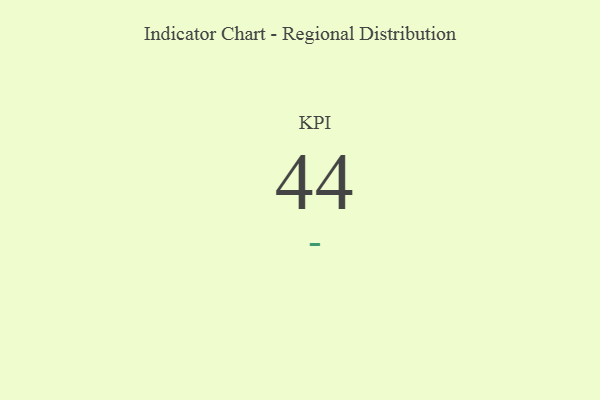
{"axis": {"x": "KPI", "y": "Value"}, "legend": [""], "data": [{"x": "KPI", "y": 44, "type": ""}]}